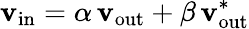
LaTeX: \mathbf{v}_{\mathrm{{in}}}=\alpha\, \mathbf{v}_{\mathrm{{out}}}+\beta\, \mathbf{v}_{\mathrm{{out}}}^{*}